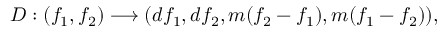
D : ( f _ { 1 } , f _ { 2 } ) \longrightarrow ( d f _ { 1 } , d f _ { 2 } , m ( f _ { 2 } - f _ { 1 } ) , m ( f _ { 1 } - f _ { 2 } ) ) ,